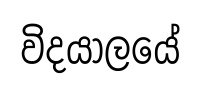
විදයාලයේ